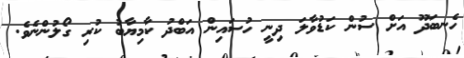
ހެނބަދޫ އަށް ސުން ކަޑުވާލަ ދިނީ ހުސައިން އަބްދު ކާމިޔާބު ކުރި ގޯލުންނެވެ.